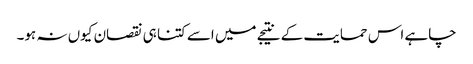
چاہے اس حمایت کے نتیجے میں اسے کتنا ہی نقصان کیوں نہ ہو۔